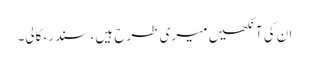
ان کی آنکھیں میری طرح ہیں ، سندر، کالی۔